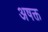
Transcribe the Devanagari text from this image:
अषक्त